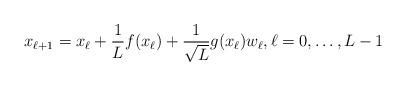
\begin{align*}x_{\ell+1} = x_\ell + \frac{1}{L}f(x_\ell) + \frac{1}{\sqrt{L}}g(x_\ell)w_\ell, \ell = 0, \dots, L-1\end{align*}